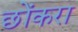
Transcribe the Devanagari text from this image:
छोंकरा